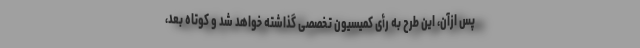
پس ازآن، این طرح به رأی کمیسیون تخصصی گذاشته خواهد شد و کوتاه بعد،